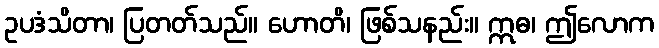
ဥပဒံသိတာ၊ ပြတတ်သည်။ ဟောတိ၊ ဖြစ်သနည်း။ ဣဓ၊ ဤလောက